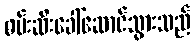
ဖမ်းဆီးခေါ်ဆောင်သွားသည်